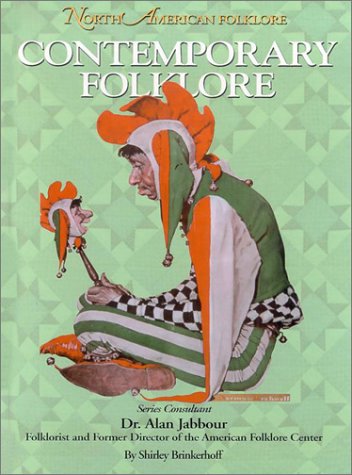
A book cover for Contemporary Folklore (North American Folklore); Shirley Brinkerhoff; Humor & Entertainment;